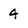
Character: 4